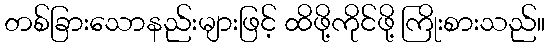
တစ်ခြားသောနည်းများဖြင့် ထိဖို့ကိုင်ဖို့ ကြိုးစားသည်။